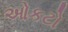
ઓકટો